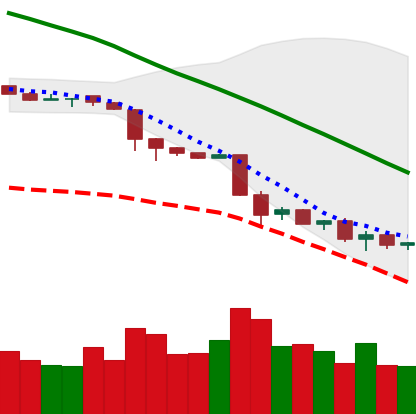
Ticker: NEO-USD
Chart end date: 2018-11-27
Forward return: 9.643%
Label: up_7plus